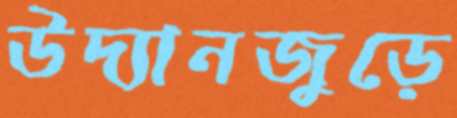
উদ্যানজুড়ে